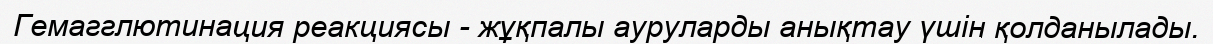
Гемагглютинация реакциясы - жұқпалы ауруларды анықтау үшін қолданылады.